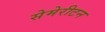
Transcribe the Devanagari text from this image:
सेमेरीटन